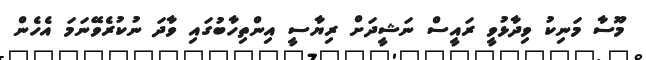
މޫސާ މަނިކު ވިދާޅުވީ ރައީސް ނަޝީދަށް ރިޔާސީ އިންތިހާބުގައި ވާދަ ނުކުރެވޭނަމަ އެހެން